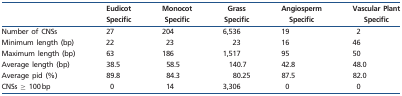
<table><thead><tr><td rowspan="2"></td><td><b>Eudicot</b></td><td><b>Monocot</b></td><td><b>Grass</b></td><td><b>Angiosperm</b></td><td><b>Vascular Plant</b></td></tr><tr><td><b>Specific</b></td><td><b>Specific</b></td><td><b>Specific</b></td><td><b>Specific</b></td><td><b>Specific</b></td></tr></thead><tbody><tr><td>Number of CNSs</td><td>27</td><td>204</td><td>6,536</td><td>19</td><td>2</td></tr><tr><td>Minimum length (bp)</td><td>22</td><td>23</td><td>23</td><td>16</td><td>46</td></tr><tr><td>Maximum length (bp)</td><td>63</td><td>186</td><td>1,517</td><td>95</td><td>50</td></tr><tr><td>Average length (bp)</td><td>38.5</td><td>58.5</td><td>140.7</td><td>42.8</td><td>48.0</td></tr><tr><td>Average pid (%)</td><td>89.8</td><td>84.3</td><td>80.25</td><td>87.5</td><td>82.0</td></tr><tr><td>CNSs ≥ 100 bp</td><td>0</td><td>14</td><td>3,306</td><td>0</td><td>0</td></tr></tbody></table>